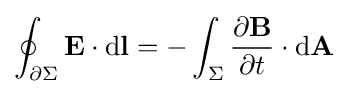
\oint _{\partial \Sigma }\mathbf {E} \cdot \mathrm {d} \mathbf {l} =-\int _{\Sigma }{\frac {\partial \mathbf {B} }{\partial t}}\cdot \mathrm {d} \mathbf {A}